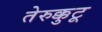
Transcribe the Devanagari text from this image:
तेरुक्कुटू